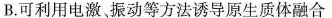
B.可利用电激振动等方法诱导原生质体融合